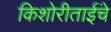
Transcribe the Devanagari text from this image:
किशोरीताईंचे